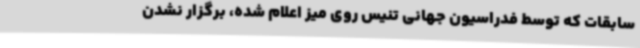
سابقات که توسط فدراسیون جهانی تنیس روی میز اعلام شده، برگزار نشدن